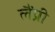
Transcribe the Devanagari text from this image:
लैंप्री